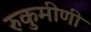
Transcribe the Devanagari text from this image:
रुकुमीणी